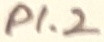
Text: P1.2